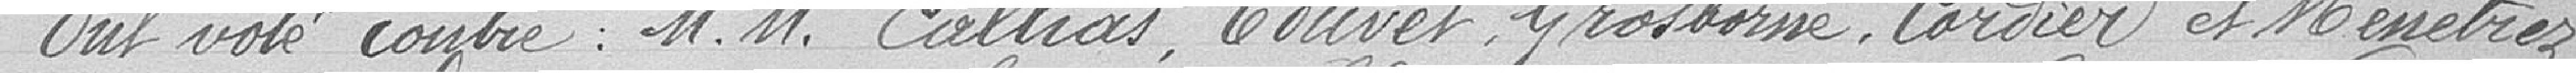
Ont voté contre : Messieurs Callias, Couvet, Grosborne, Cordier et Menétrez